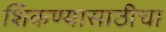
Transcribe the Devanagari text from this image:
शिकण्यासाठीचा